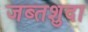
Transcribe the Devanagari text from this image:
जब्तशुदा